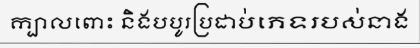
ក្បាលពោះ និងបបូរប្រដាប់ភេទរបស់នាង